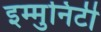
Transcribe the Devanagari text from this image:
इम्मुनिटी